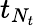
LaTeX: t_{N_{t}}